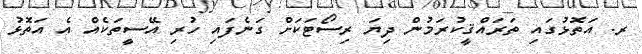
ރ. އަތޮޅުގައި ތަރައްޤީކުރަމުން ދިޔަ ރިސޯޓަކަށް ގަނެފައި ހުރި އޭސީތަކެއް އެ އަތޮޅު